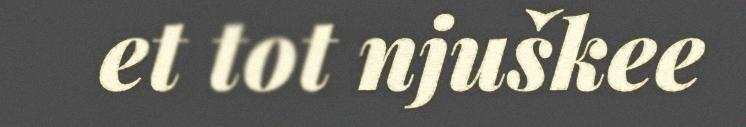
et tot njuškee